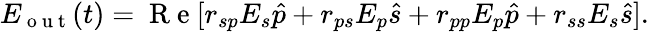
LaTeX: E_{\mathrm{~o~u~t~}}(t)=\mathrm{~R~e~}[r_{sp}E_{s}\hat{p}+r_{ps}E_{p}\hat{s}+r_{pp}E_{p}\hat{p}+r_{ss}E_{s}\hat{s}].